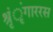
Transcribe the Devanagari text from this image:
श्रृंृंगाररस